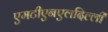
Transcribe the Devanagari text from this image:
एमटीएनएलदिल्ली